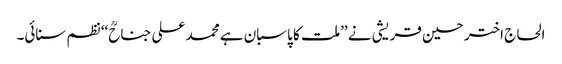
الحاج اختر حسین قریشی نے ’’ملت کا پاسبان ہے محمد علی جناحؒ‘‘ نظم سنائی۔